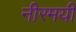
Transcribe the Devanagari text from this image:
नीरमयी